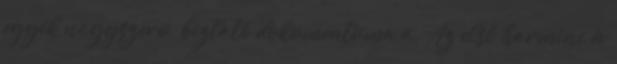
egyik nagyszerü, biztató dokumentuma a. Az első harminc év